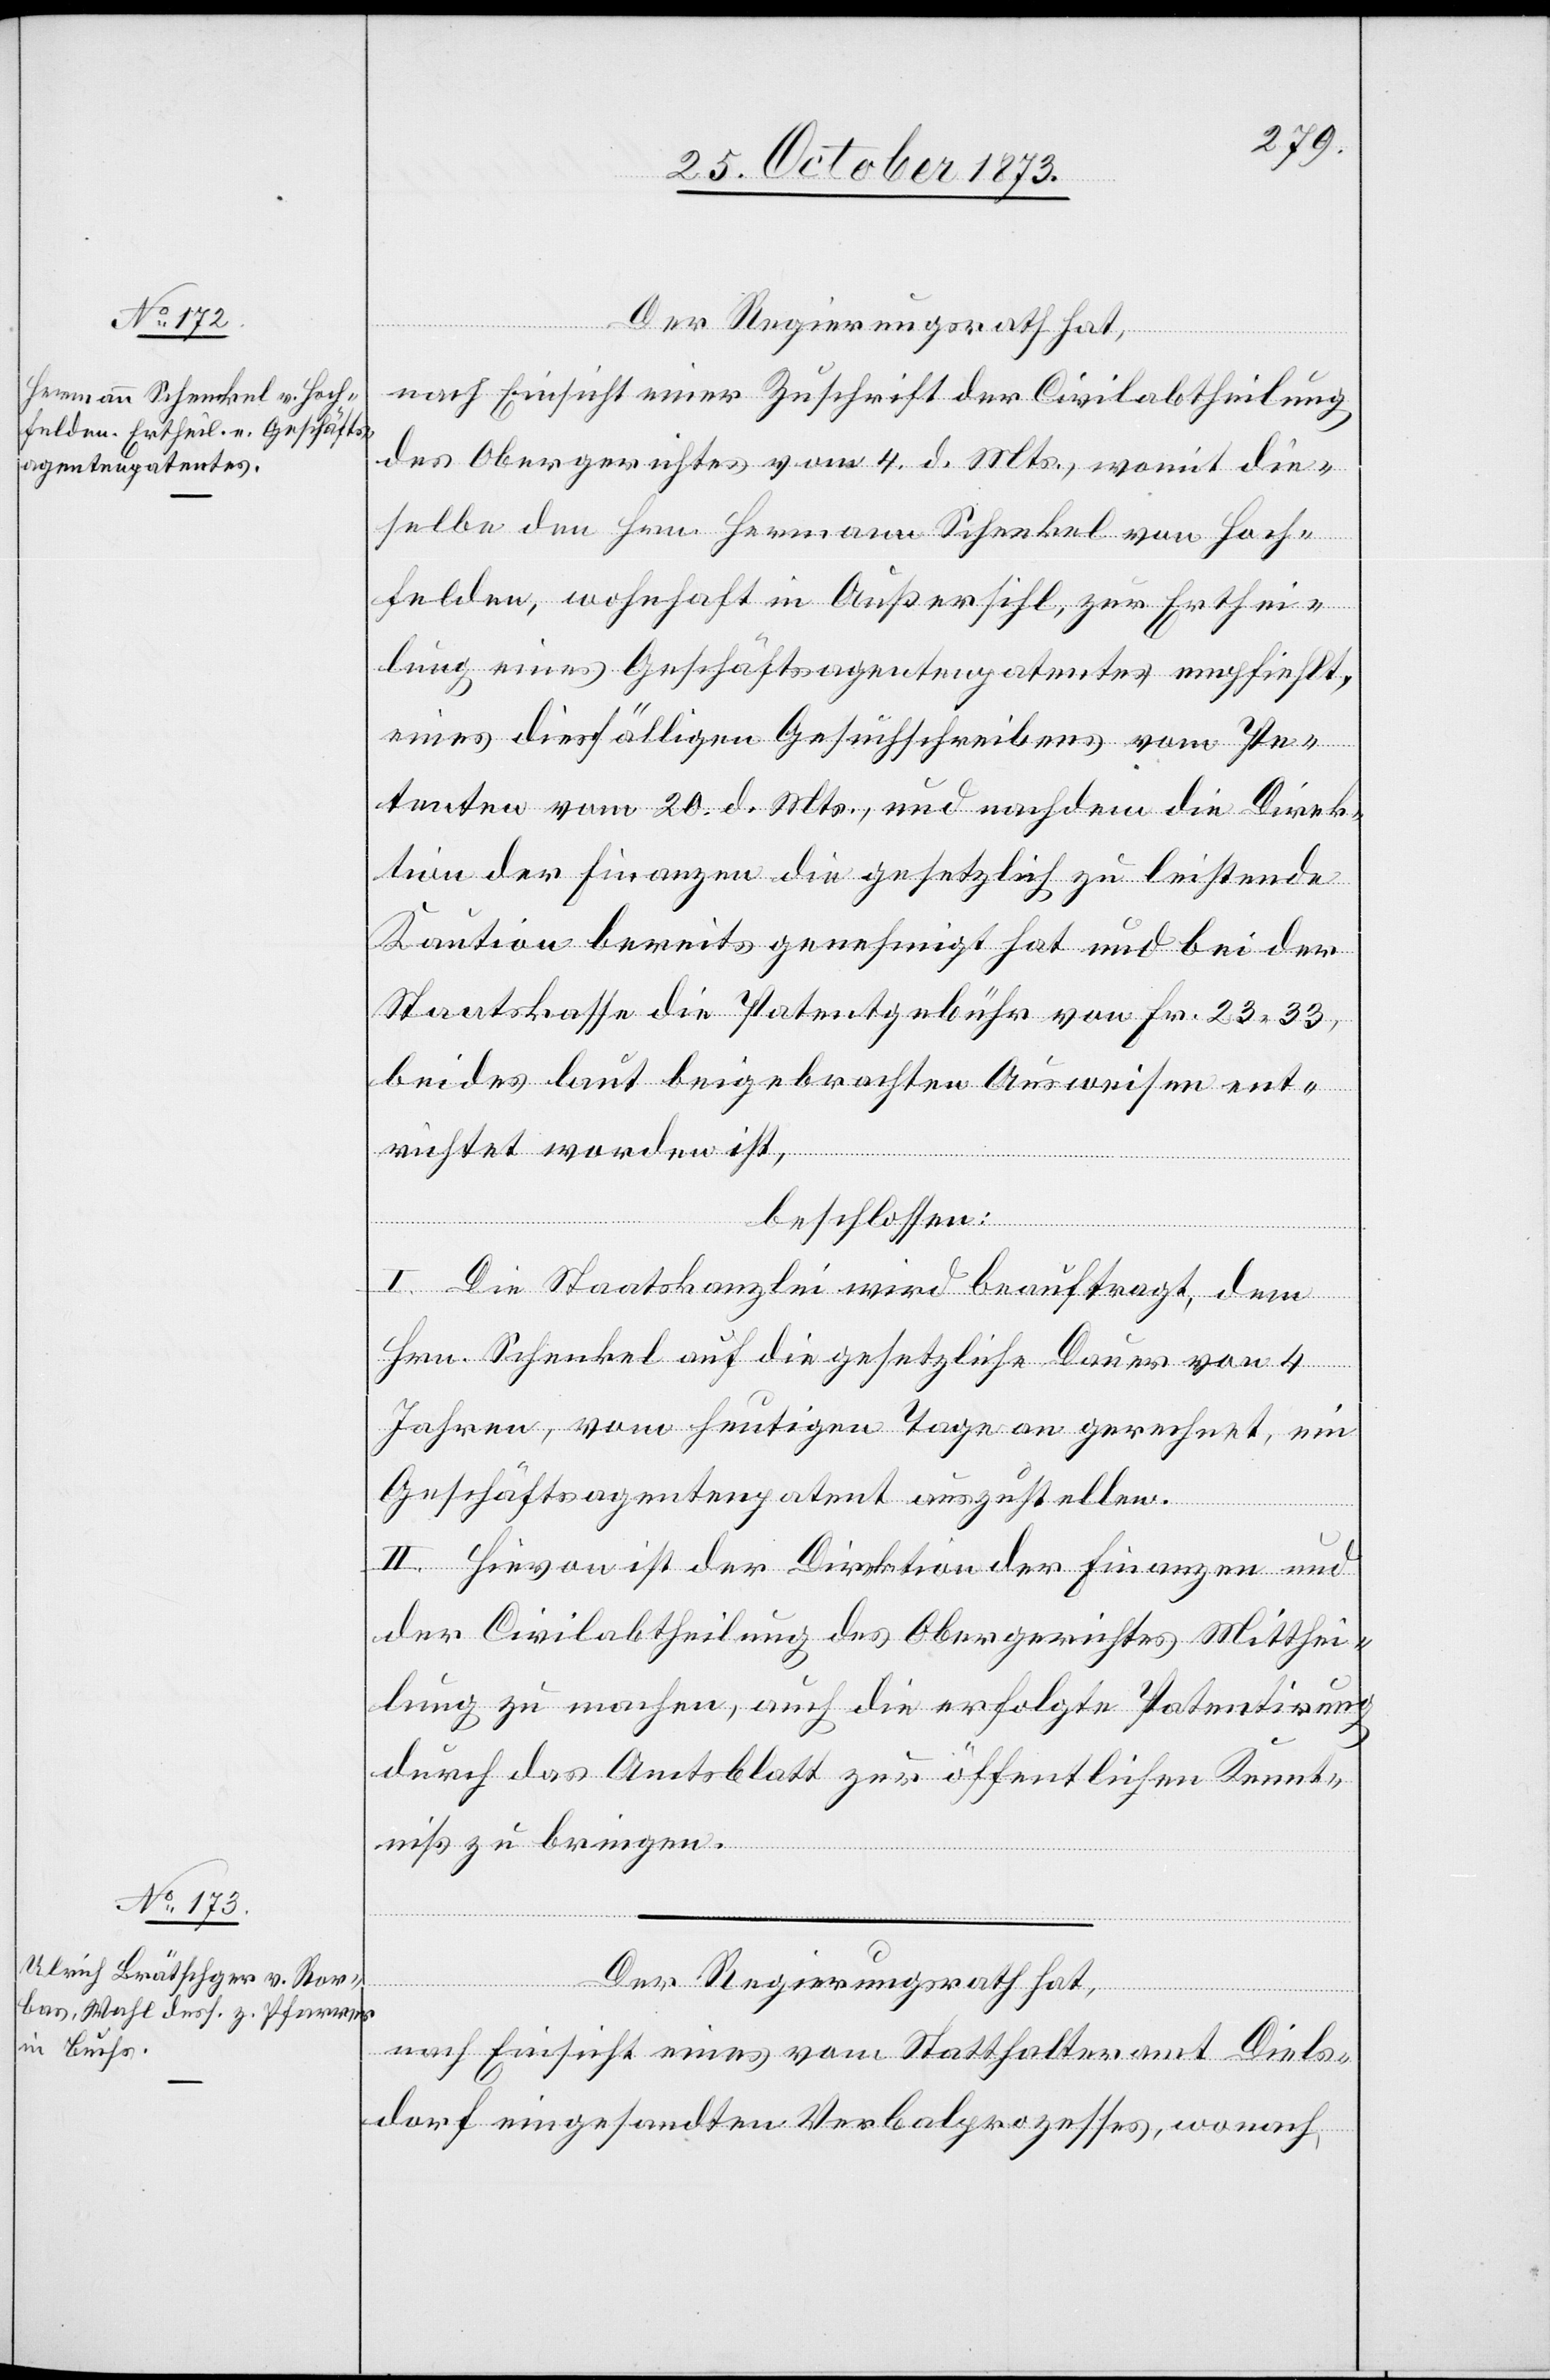
Der Regierungsrath hat,
nach Einsicht einer Zuschrift der Civilabtheilung
des Obergerichtes vom 4. d. Mts., womit die¬
selbe den Hrn. Hermann Schenkel von Hoch¬
felden, wohnhaft in Außersihl, zur Erthei¬
lung eines Geschäftsagentenpatentes empfiehlt,
eines diesfälligen Gesuchschreibens vom Pe¬
tenten vom 20. d. Mts., und nachdem die Direk¬
tion der Finanzen die gesetzlich zu leistende
Kaution bereits genehmigt hat und bei der
Staatskasse die Patentgebühr von Fr. 23 33,
beides laut beigebrachten Ausweisen ent¬
richtet worden ist,
beschlossen:
I. Die Staatskanzlei wird beauftragt, dem
Hrn. Schenkel auf die gesetzliche Dauer von 4
Jahren, vom heutigen Tage an gerechnet, ein
Geschäftsagentenpatent auszustellen.
II. Hievon ist der Direktion der Finanzen und
der Civilabtheilung des Obergerichtes Mitthei¬
lung zu machen, auch die erfolgte Patentirung
durch das Amtsblatt zur öffentlichen Kennt¬
niß zu bringen.
Der Regierungsrath hat,
nach Einsicht eines vom Statthalteramt Diels¬
dorf eingesandten Verbalprozesses, wonach